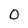
Character: 0